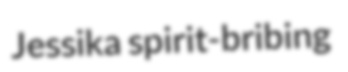
Jessika spirit-bribing